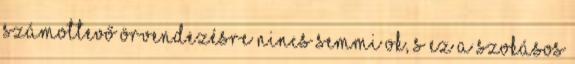
számottevő örvendezésre nincs semmi ok, s ez a szokásos